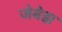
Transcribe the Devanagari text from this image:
जेबेझ